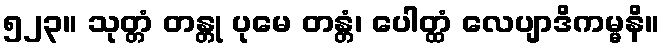
၅၂၃။ သုတ္တံ တန္တု ပုမေ တန္တံ၊ ပေါတ္ထံ လေပျာဒိကမ္မနိ။